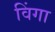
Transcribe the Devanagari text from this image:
विंगा